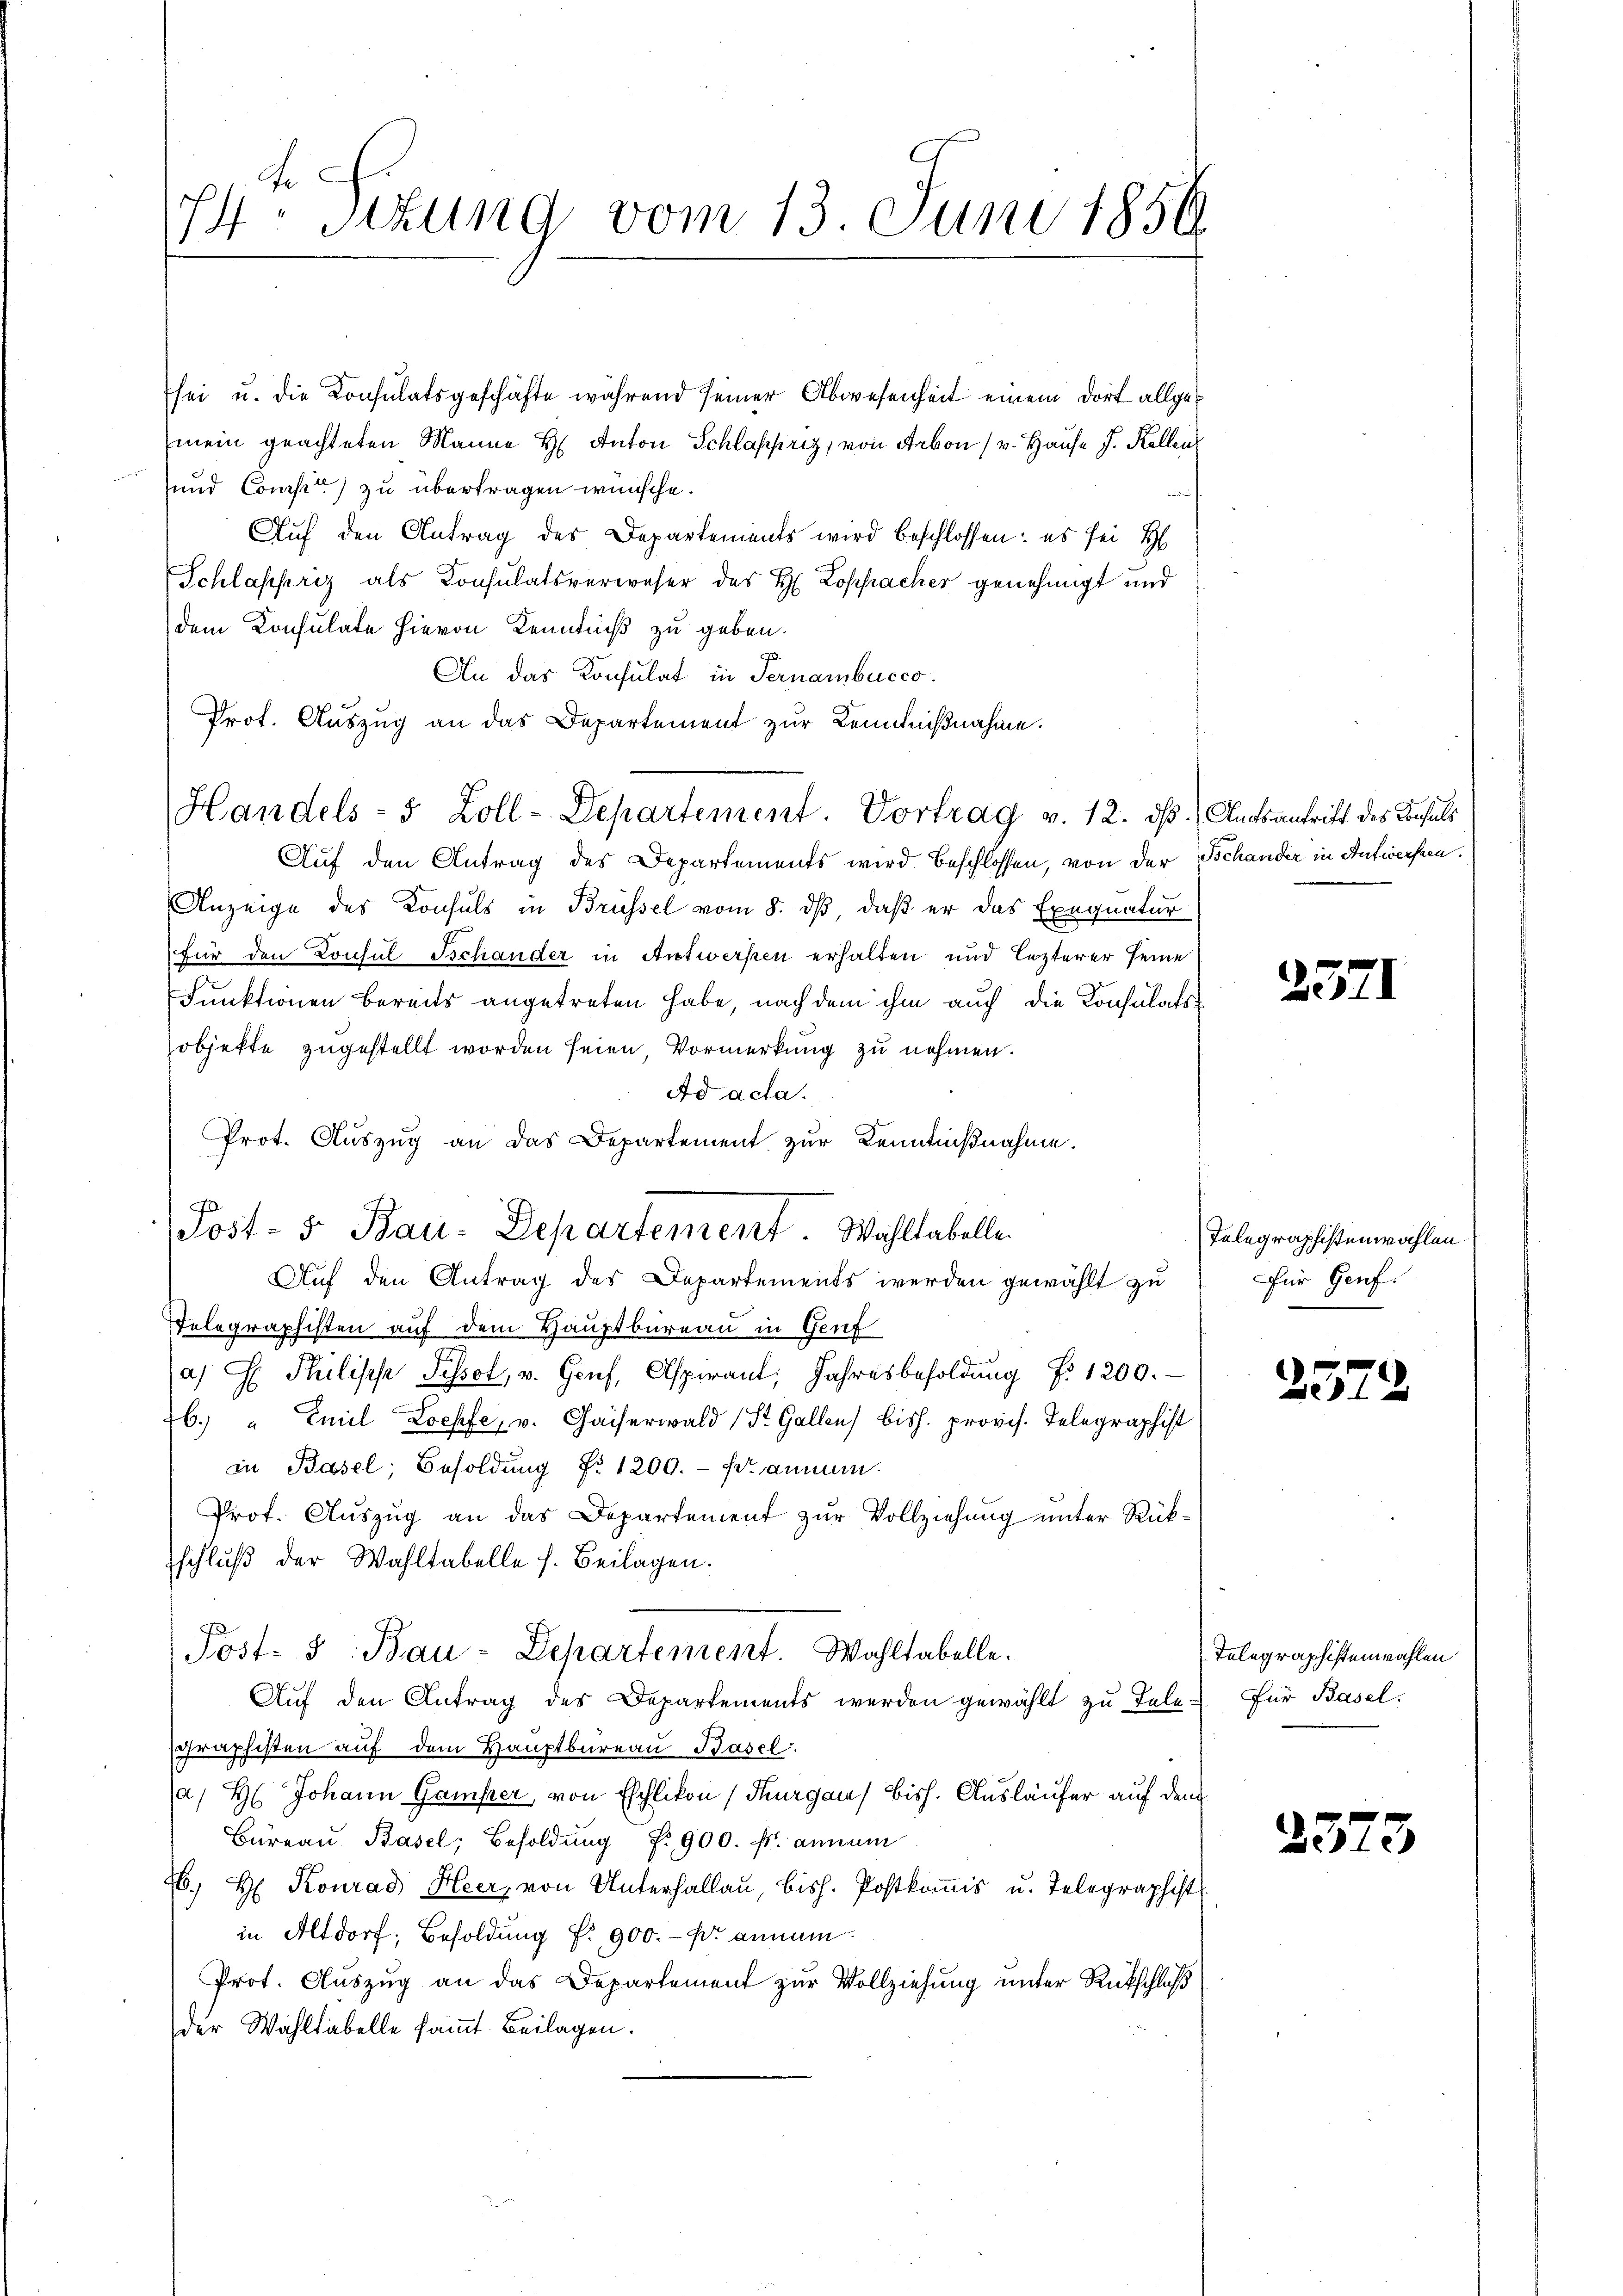
74te Sitzung vom 13. Juni 1856.

sei u. die Konsulatsgeschäfte während seiner Abwesenheit einem dort allgemein geachteten Manne H. Anton Schlappriz, von Arbon (v. Hause J. Kellen
und Compit) zu übertragen wünsche.
it
Auf den Antrag des Departements wird beschlossen: es sei H
Schlappriz als Konsulatsverweser des H. Lopfacher genehmigt und
dem Konsulate hievon Kenntniß zu geben.
An das Konsulat in Fernambucco
Prot. Auszug an das Departement zur Kenntnißnahme.
Handels- 5 Zoll-Departement. Vortrag v. 12. ds. (Amtsantritt des Consuls
Auf den Antrag des Departements wird beschlossen, von der Tschander in Antwerfen.
Anzeige des Konsuls in Brüssel vom 8. dß, daß er das Exequatur
Für den Lonsul Tschander in Antwersten erhalten und lezterer seine
Funktionen bereits angetreten habe, nach dem ihm auch die Konsulatsobjekte zugestellt worden seien, Vormerkung zu nehmen.
Ad acta.
Prot. Auszug an das Departement zur Kenntnißnahme.
Post- 5. Bau-Departement Wohltabelle.
Auf den Antrag des Departements werden gewählt zu
Telegraphisten auf dem Hauptbureau in Genf
a) G. Philische Pissol, u. Genf, Aspirant, Jahresbesoldung d. 1200.
b.) " Emil Loepfe, v. Chaiserwald (St. Gallen bish. provis. Telegraphist
in Basel, Besoldŭng Nr. 1200.- femmen.
Prof. Auszug an das Departement zur Vollziehung unter Rükschluß der Wahltabelle s. Beilagen.
Post- u. Bau-Departement. Wohltabelle.
Auf den Antrag des Departements werden gewählt zu Tele-
graphisten auf dem Hauptbureau Basel.
a/ H: Johann Gamper, von Eschlikon (Thurgau) Bish. Ausläufer auf dem
Büreaŭ Basel, Besoldung Nr. 900. fr. annam
26. Hl. Konrad Heer, von Unterhallau, bish. Postkoṁis u. Telegraphist
in Altdorf, Besoldung f. 900.- p. annam
Prot. Auszug an das Departement zur Vollziehung unter Rückschluß
der Wahltabelle sammt Beilagen.

25.

Telegraphistenwahlen
Für Genf.

3552

Telegraphistenwahlen
Für Basel.

23

.